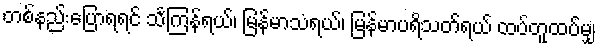
တစ်နည်းပြောရရင် သင်္ကြန်ရယ်၊ မြန်မာသံရယ်၊ မြန်မာပရိသတ်ရယ် ထပ်တူထပ်မျှ